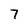
Character: 7